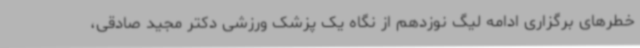
خطرهای برگزاری ادامه لیگ نوزدهم از نگاه یک پزشک ورزشی دکتر مجید صادقی،